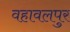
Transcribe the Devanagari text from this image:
वहावलपुर